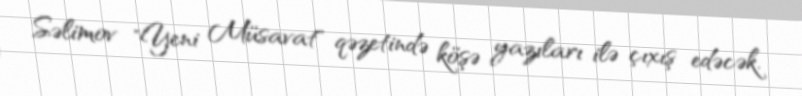
Səlimov "Yeni Müsavat" qəzetində köşə yazıları ilə çıxış edəcək.